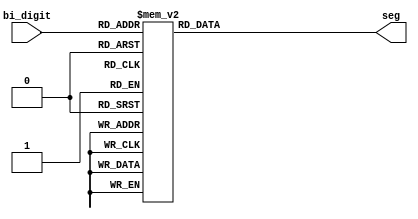
module bin_7seg(bi_digit,seg);
input [3:0] bi_digit;
output [6:0] seg;
reg [6:0] seg;
// seg = {g,f,e,d,c,b,a};


always @ (bi_digit)
case (bi_digit)
        4'h0: seg = ~7'b0111111;
        4'h1: seg = ~7'b0000110;     		  // ---a----
        4'h2: seg = ~7'b1011011;    		  // |      |
        4'h3: seg = ~7'b1001111;    		  // f      b
        4'h4: seg = ~7'b1100110; 		  	  // |      |
        4'h5: seg = ~7'b1101101;   		     // ---g----
        4'h6: seg = ~7'b1111101;   		     // |      |
        4'h7: seg = ~7'b0000111;   		     // e      c
        4'h8: seg = ~7'b1111111;    	     // |      |
        4'h9: seg = ~7'b1101111;    		  // ---d----
        4'ha: seg = ~7'b1110111;
        4'hb: seg = ~7'b1111100;
        4'hc: seg = ~7'b1011000;
        4'hd: seg = ~7'b1011110;
        4'he: seg = ~7'b1111001;
        4'hf: seg = ~7'b1110001;
endcase

endmodule